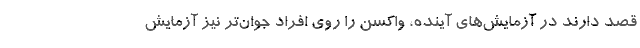
قصد دارند در آزمایش‌های آینده، واکسن را روی افراد جوان‌تر نیز آزمایش